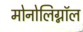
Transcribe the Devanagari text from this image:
मोनोलिग्नॉल